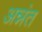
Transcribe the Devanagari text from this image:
अन्नंत